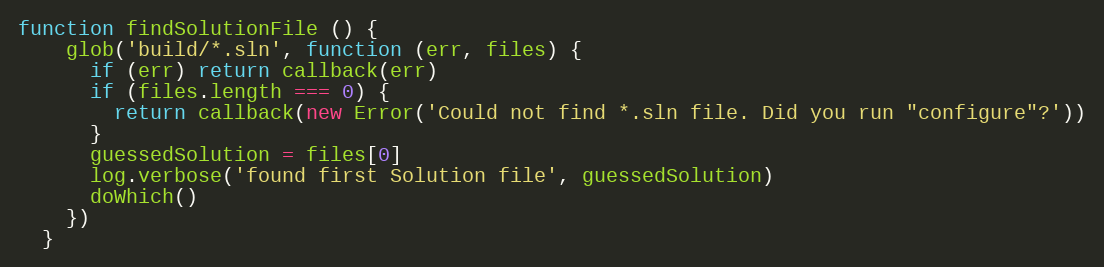
Language: JavaScript
function findSolutionFile () {
    glob('build/*.sln', function (err, files) {
      if (err) return callback(err)
      if (files.length === 0) {
        return callback(new Error('Could not find *.sln file. Did you run "configure"?'))
      }
      guessedSolution = files[0]
      log.verbose('found first Solution file', guessedSolution)
      doWhich()
    })
  }